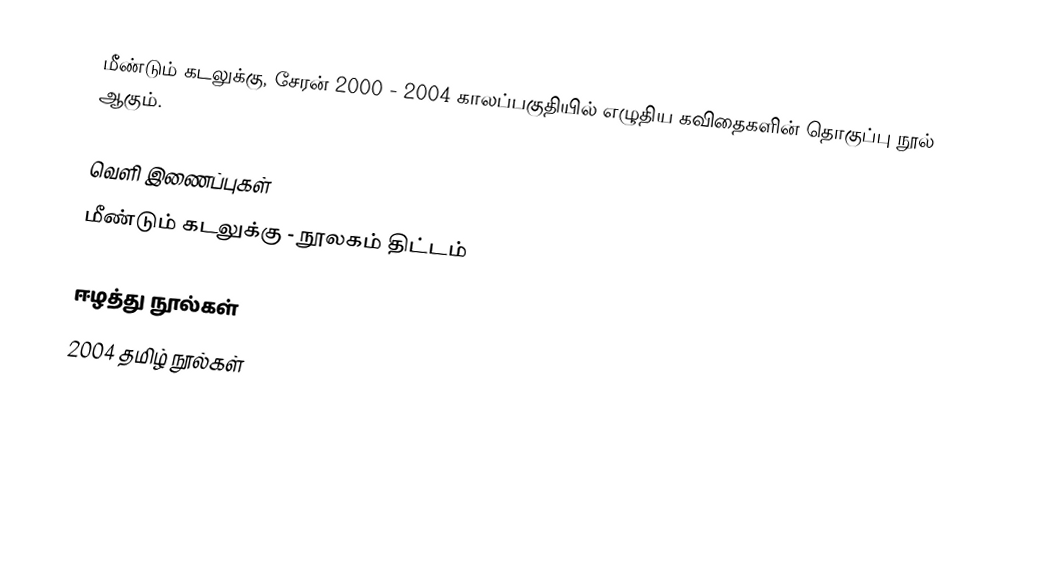
மீண்டும் கடலுக்கு, சேரன் 2000 - 2004 காலப்பகுதியில் எழுதிய கவிதைகளின் தொகுப்பு நூல் ஆகும்.

வெளி இணைப்புகள்
 மீண்டும் கடலுக்கு - நூலகம் திட்டம்

ஈழத்து நூல்கள்
2004 தமிழ் நூல்கள்